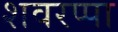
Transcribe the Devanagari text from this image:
शवरप्पा